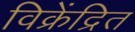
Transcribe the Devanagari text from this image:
विक्रेंद्रित